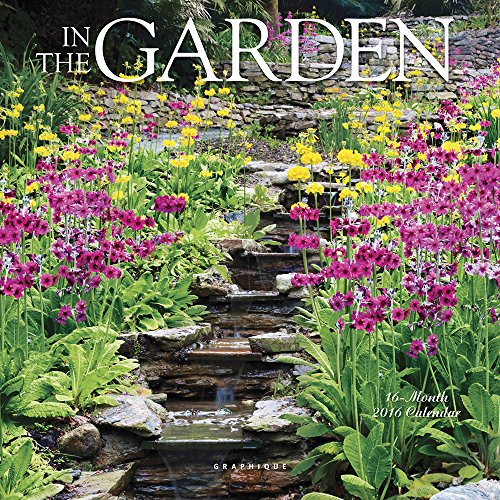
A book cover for Graphique In The Garden 2016 Mini Calendar (MY20216); Calendars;